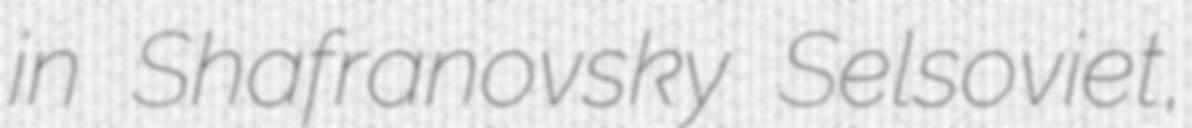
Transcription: in Shafranovsky Selsoviet,